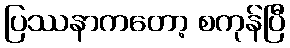
ပြဿနာကတော့ စကုန်ပြီ